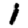
Digit: 1